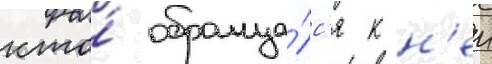
кто́ обраща́лс'я к н'еи